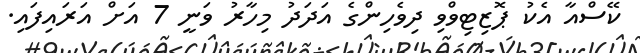
ކޭސްއާ އެކު ޕޮޒިޓިވްވި ދިވެހިންގެ އަދަދު މިހާރު ވަނީ 7 އަށް އަރައިފައި.